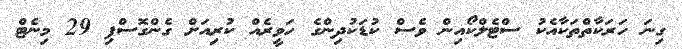
ގިނަ ހަރަކާތްތަކާއެކު ސްޓެލްކޯއިން ވެސް ކުޑަކުދިންގެ ހަވީރެއް ކުރިއަށް ގެންގޮސްފި 29 މިނެޓް